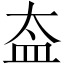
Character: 盇